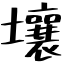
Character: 壤